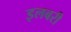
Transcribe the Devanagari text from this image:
इलबरी